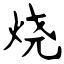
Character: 烧